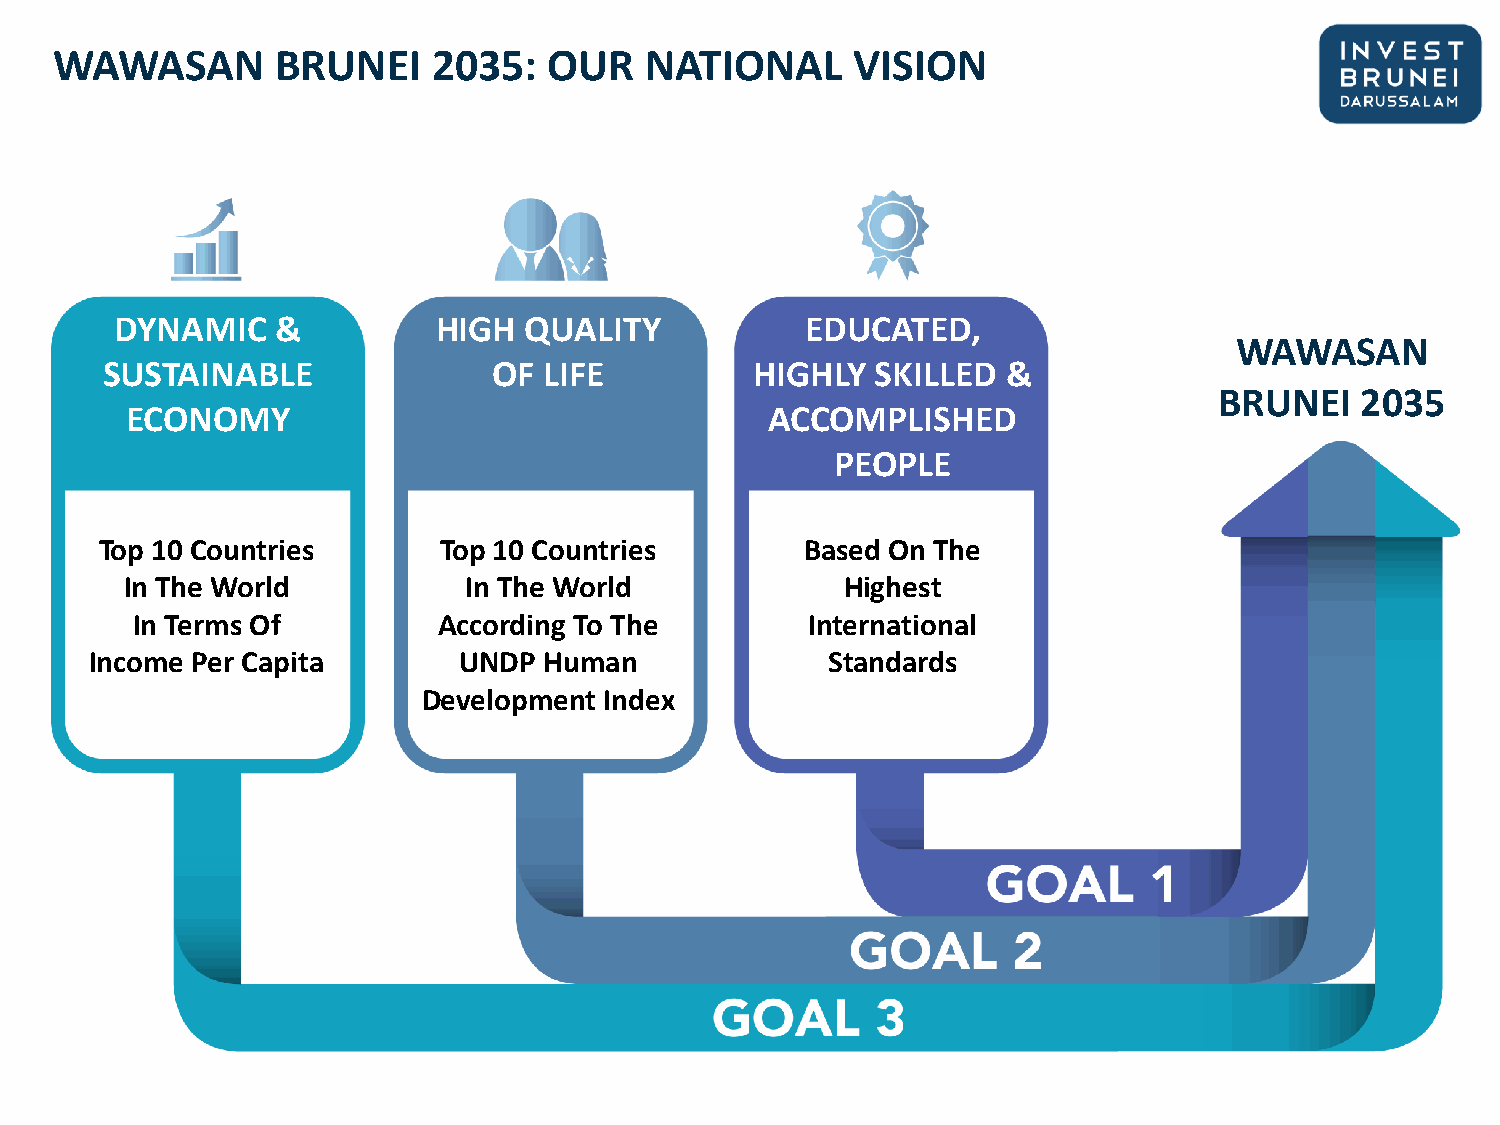
WAWASAN        BRUNEI     2035:  OUR    NATIONAL     VISION
 DYNAMIC   &          HIGH  QUALITY           EDUCATED,
 WAWASAN
 SUSTAINABLE               OF LIFE          HIGHLY  SKILLED  &
 BRUNEI   2035
 ECONOMY                                    ACCOMPLISHED
 PEOPLE
 Top 10 Countries      Top 10 Countries        Based On The
 In The World           In The World             Highest
 In Terms Of         According To The        International
 Income Per Capita       UNDP  Human              Standards
 Development Index